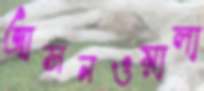
আসনওয়ালা